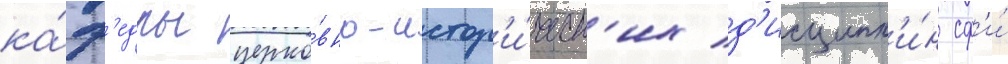
ка́ф'едры церко́вно-истор'и́ческ'их д'исципл'и́н сф'и́